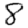
Digit: 8